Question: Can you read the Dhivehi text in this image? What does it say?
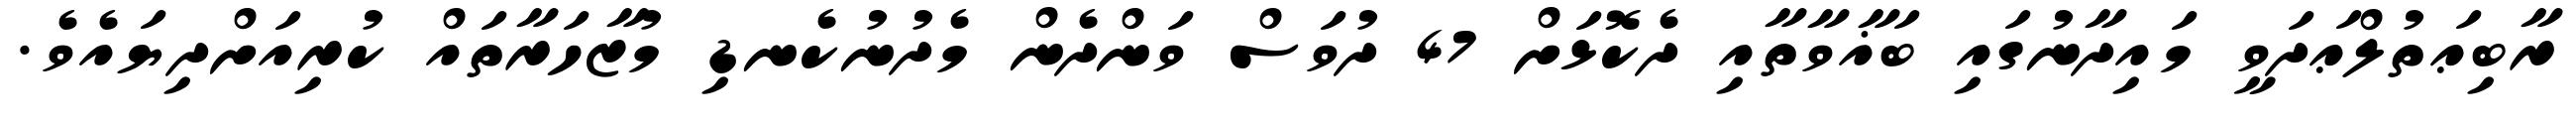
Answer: ރާބިޢަތުލްޢަދަވީ މައިދާނުގައި ބަޣާވާތާއި ދެކޮޅަށް 47 ދުވަސް ވަންދެން މެދުނުކެނޑި މުޒާހަރާތައް ކުރިއަށްދިޔައެވެ.